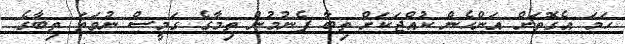
ހަމަ އެގޮތަށް އަންހެން ކުއްޖަކަށް ތިބާ ފެނުމުން ތިމާގެ ގަމީސް ނުވަތަ ތިބާގެ